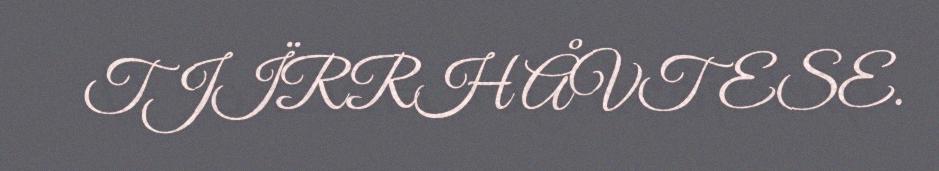
TJÏRRH ÅVTESE.